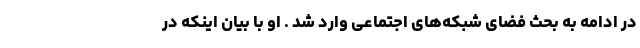
در ادامه به بحث فضای شبکه‌های اجتماعی وارد شد . او با بیان اینکه در